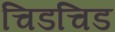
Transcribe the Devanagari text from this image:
चिडचिड